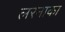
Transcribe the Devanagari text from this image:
लरनाका